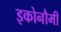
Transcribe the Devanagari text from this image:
इकोनौमी